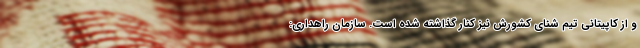
و از کاپیتانی تیم شنای کشورش نیز کنار گذاشته شده است. سازمان راهداری: